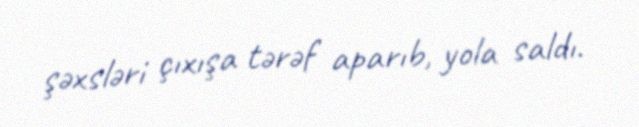
şəxsləri çıxışa tərəf aparıb, yola saldı.